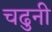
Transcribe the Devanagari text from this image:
चढुनी